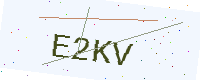
Text: E2KV